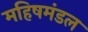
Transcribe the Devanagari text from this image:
महिषमंडल